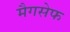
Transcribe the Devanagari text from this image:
मैगसेफ